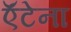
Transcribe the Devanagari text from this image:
ऍंटेना